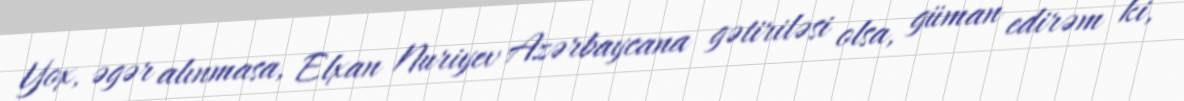
Yox, əgər alınmasa, Elxan Nuriyev Azərbaycana gətiriləsi olsa, güman edirəm ki,